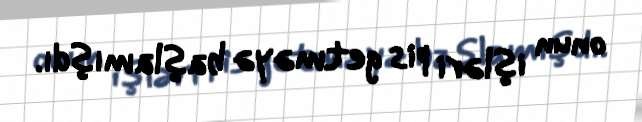
onun işləri pis getməyə başlamışdı.